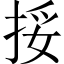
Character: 挼